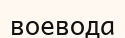
воевода